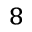
^ { 8 }